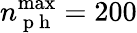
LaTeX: n_{\mathrm{~p~h~}}^{\operatorname*{max}}=200